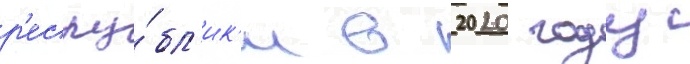
р'еспу́бл'ик'и в 2020 году